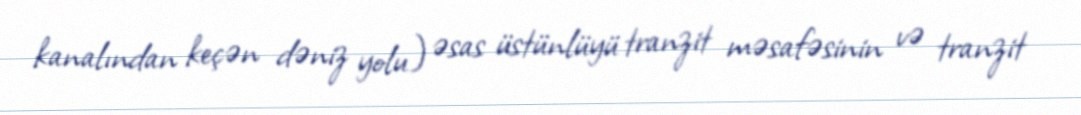
kanalından keçən dəniz yolu) əsas üstünlüyü tranzit məsafəsinin və tranzit